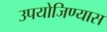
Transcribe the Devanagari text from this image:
उपयोजिण्यास